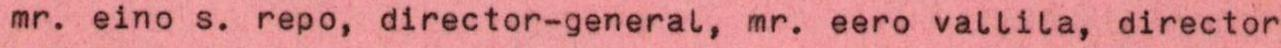
mr. eino s. repo, director-general, mr. eero vallila, director